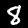
Digit: 8